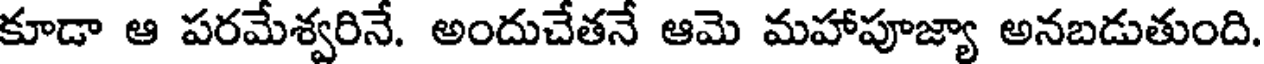
కూడా ఆ పరమేశ్వరినే. అందుచేతనే ఆమె మహాపూజ్యా అనబడుతుంది